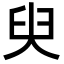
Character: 臾